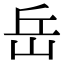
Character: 岳